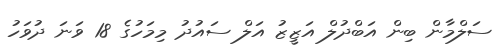
ސަލްމާން ބިން އަބްދުލް އަޒީޒު އަލް ސައުދު މިމަހުގެ 18 ވަނަ ދުވަހު